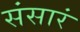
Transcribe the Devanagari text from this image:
संसारं